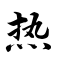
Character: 热